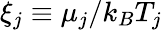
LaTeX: \xi_{j}\equiv\mu_{j}/k_{B}T_{j}